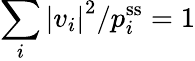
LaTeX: \sum_{i}\left|v_{i}\right|^{2}/p_{i}^{\mathrm{ss}}=1